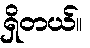
ရှိတယ်။